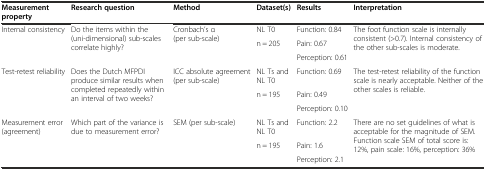
<table><thead><tr><td><b>Measurement property</b></td><td><b>Research question</b></td><td><b>Method</b></td><td><b>Dataset(s)</b></td><td><b>Results</b></td><td><b>Interpretation</b></td></tr></thead><tbody><tr><td rowspan="3">Internal consistency</td><td rowspan="3">Do the items within the (uni-dimensional) sub-scales correlate highly?</td><td rowspan="3">Cronbach’s α (per sub-scale)</td><td>NL T0</td><td>Function: 0.84</td><td rowspan="3">The foot function scale is internally consistent (&gt;0.7). Internal consistency of the other sub-scales is moderate.</td></tr><tr><td rowspan="2">n = 205</td><td>Pain: 0.67</td></tr><tr><td>Perception: 0.61</td></tr><tr><td rowspan="3">Test-retest reliability</td><td rowspan="3">Does the Dutch MFPDI produce similar results when completed repeatedly within an interval of two weeks?</td><td rowspan="3">ICC absolute agreement (per sub-scale)</td><td>NL Ts and NL T0</td><td>Function: 0.69</td><td rowspan="3">The test-retest reliability of the function scale is nearly acceptable. Neither of the other scales is reliable.</td></tr><tr><td rowspan="2">n = 195</td><td>Pain: 0.49</td></tr><tr><td>Perception: 0.10</td></tr><tr><td rowspan="3">Measurement error (agreement)</td><td rowspan="3">Which part of the variance is due to measurement error?</td><td rowspan="3">SEM (per sub-scale)</td><td>NL Ts and NL T0</td><td>Function: 2.2</td><td rowspan="3">There are no set guidelines of what is acceptable for the magnitude of SEM. Function scale SEM of total score is: 12%, pain scale: 16%, perception: 36%</td></tr><tr><td rowspan="2">n = 195</td><td>Pain: 1.6</td></tr><tr><td>Perception: 2.1</td></tr></tbody></table>